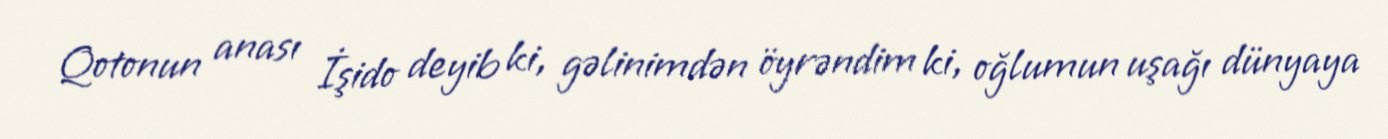
Qotonun anası İşido deyib ki, gəlinimdən öyrəndim ki, oğlumun uşağı dünyaya